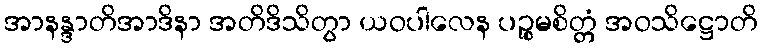
အာနန္ဒာတိအာဒိနာ အတိဒိသိတွာ ယဝပါလေန ပဉ္စမစိတ္တံ အဝသိဋ္ဌောတိ